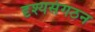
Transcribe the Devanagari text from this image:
दृश्यसंगठन